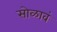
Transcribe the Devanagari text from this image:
सोळावं